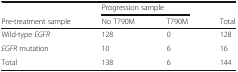
<table><thead><tr><td></td><td colspan="2"><b>Progression sample</b></td><td></td></tr><tr><td><b>Pre-treatment sample</b></td><td><b>No T790M</b></td><td><b>T790M</b></td><td><b>Total</b></td></tr></thead><tbody><tr><td>Wild-type <i>EGFR</i></td><td>128</td><td>0</td><td>128</td></tr><tr><td><i>EGFR</i> mutation</td><td>10</td><td>6</td><td>16</td></tr><tr><td>Total</td><td>138</td><td>6</td><td>144</td></tr></tbody></table>